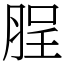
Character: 脭